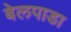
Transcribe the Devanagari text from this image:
बेलपाडा